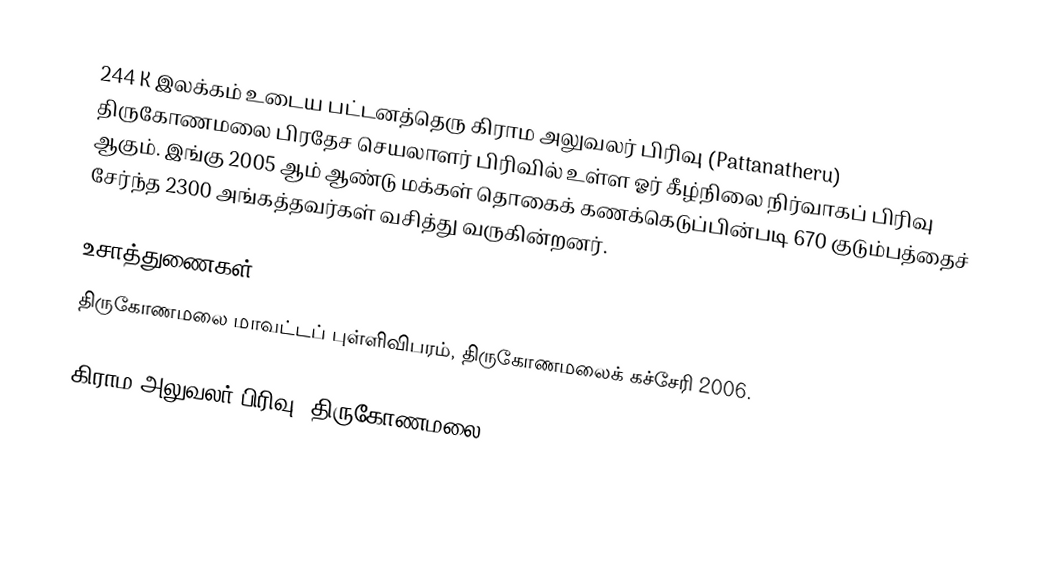
244 K இலக்கம்  உடைய பட்டனத்தெரு கிராம அலுவலர் பிரிவு  (Pattanatheru) திருகோணமலை பிரதேச செயலாளர் பிரிவில் உள்ள ஓர் கீழ்நிலை நிர்வாகப் பிரிவு ஆகும். இங்கு 2005 ஆம் ஆண்டு மக்கள் தொகைக் கணக்கெடுப்பின்படி 670 குடும்பத்தைச் சேர்ந்த 2300 அங்கத்தவர்கள் வசித்து வருகின்றனர்.

உசாத்துணைகள்
 திருகோணமலை மாவட்டப் புள்ளிவிபரம், திருகோணமலைக் கச்சேரி 2006.

கிராம அலுவலர் பிரிவு (திருகோணமலை)